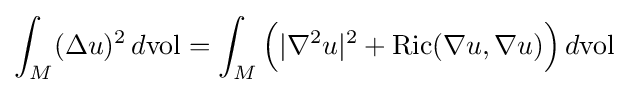
\int _{M}(\Delta u)^{2}\,d{\mbox{vol}}=\int _{M}{\Big (}|\nabla ^{2}u|^{2}+{\mbox{Ric}}(\nabla u,\nabla u){\Big )}\,d{\mbox{vol}}